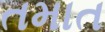
તમાત